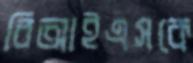
বিআইএসকে